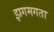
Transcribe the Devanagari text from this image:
झगमगता